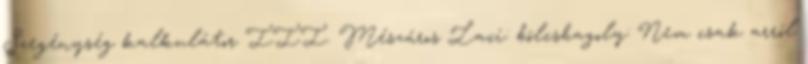
Szegénység kalkulátor III. Mészáros Laci: bölcsbagoly: Nem csak arról